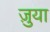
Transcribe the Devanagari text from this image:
ज़ुया